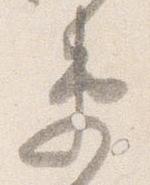
衛